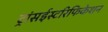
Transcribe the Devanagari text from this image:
ट्रांसईस्टरिफिकेशन